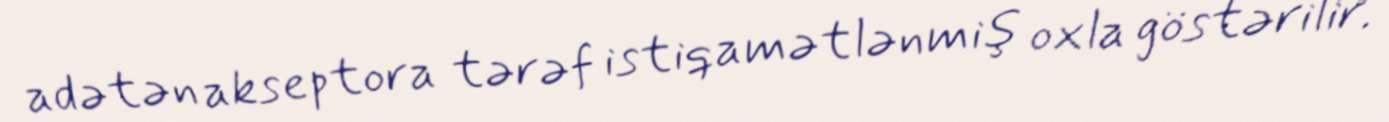
adətən akseptora tərəf istiqamətlənmiş oxla göstərilir.